Indian journal of veterinary science and animal husbandry - Volume 3,
Year: 1933
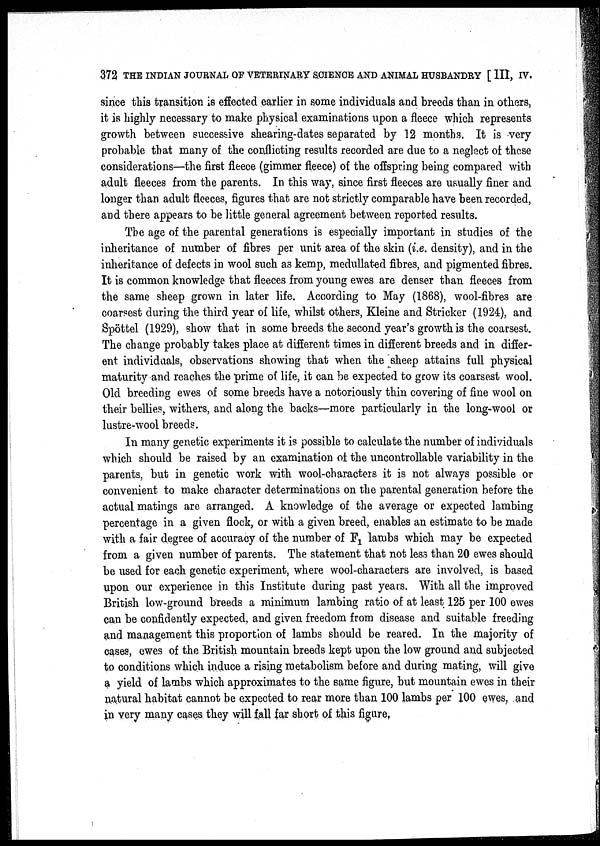
372 THE INDIAN JOURNAL OF VETERINARY SCIENCE AND ANIMAL HUSBANDRY [ III, IV.
since this transition is effected earlier in some individuals and breeds than in others,
it is highly necessary to make physical examinations upon a fleece which represents
growth between successive shearing-dates separated by 12 months. It is very
probable that many of the conflicting results recorded are due to a neglect of these
considerations—the first fleece (gimmer fleece) of the offspring being compared with
adult fleeces from the parents. In this way, since first fleeces are usually finer and
longer than adult fleeces, figures that are not strictly comparable have been recorded,
and there appears to be little general agreement between reported results.
The age of the parental generations is especially important in studies of the
inheritance of number of fibres per unit area of the skin (i.e. density), and in the
inheritance of defects in wool such as kemp, medullated fibres, and pigmented fibres.
It is common knowledge that fleeces from young ewes are denser than fleeces from
the same sheep grown in later life. According to May (1868), wool-fibres are
coarsest during the third year of life, whilst others, Kleine and Stricker (1924), and
Spöttel (1929), show that in some breeds the second year's growth is the coarsest.
The change probably takes place at different times in different breeds and in differ-
ent individuals, observations showing that when the sheep attains full physical
maturity and reaches the prime of life, it can be expected to grow its coarsest wool.
Old breeding ewes of some breeds have a notoriously thin covering of fine wool on
their bellies, withers, and along the backs—more particularly in the long-wool or
lustre-wool breeds.
In many genetic experiments it is possible to calculate the number of individuals
which should be raised by an examination of the uncontrollable variability in the
parents, but in genetic work with wool-characters it is not always possible or
convenient to make character determinations on the parental generation before the
actual matings are arranged. A knowledge of the average or expected lambing
percentage in a given flock, or with a given breed, enables an estimate to be made
with a fair degree of accuracy of the number of F 1 lambs which may be expected
from a given number of parents. The statement that not less than 20 ewes should
be used for each genetic experiment, where wool-characters are involved, is based
upon our experience in this Institute during past years. With all the improved
British low-ground breeds a minimum lambing ratio of at least 125 per 100 ewes
can be confidently expected, and given freedom from disease and suitable freeding
and management this proportion of lambs should be reared. In the majority of
cases, ewes of the British mountain breeds kept upon the low ground and subjected
to conditions which induce a rising metabolism before and during mating, will give
a yield of lambs which approximates to the same figure, but mountain ewes in their
natural habitat cannot be expected to rear more than 100 lambs per 100 ewes, and
in very many cases they will fall far short of this figure.